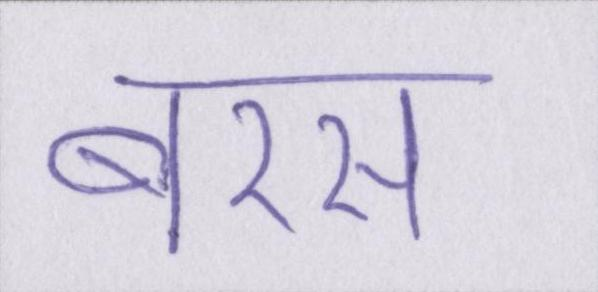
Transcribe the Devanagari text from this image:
बरस